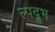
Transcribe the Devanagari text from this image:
ल्पद्रुभ